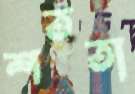
শততা